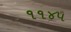
૧૧૪૫